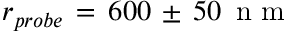
r _ { p r o b e } \, = \, 6 0 0 \, \pm \, 5 0 \, \mathrm { ~ n ~ m ~ }